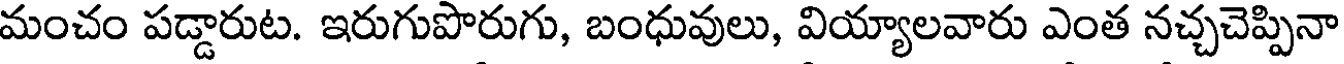
మంచం పడ్డారుట. ఇరుగుపొరుగు, బంధువులు, వియ్యాలవారు ఎంత నచ్చచెప్పినా